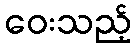
ဝေးသည့်